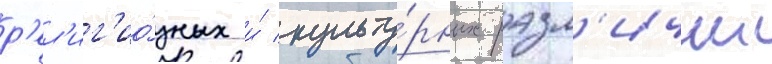
р'ел'иг'ио́зных и́ культу́рных разл'ичии